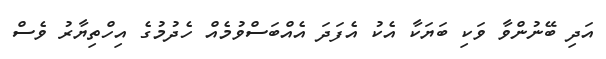
އަދި ބޭނުންވާ ވަކި ބަޔަކާ އެކު އެފަދަ އެއްބަސްވުމެއް ހެދުމުގެ އިހްތިޔާރު ވެސް